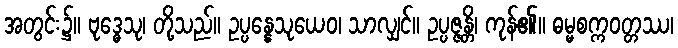
အတွင်း၌။ ဗုဒ္ဓေသု၊ တို့သည်။ ဥပ္ပန္နေသုယေဝ၊ သာလျှင်။ ဥပ္ပဇ္ဇန္တိ၊ ကုန်၏။ ဓမ္မစက္ကဝတ္တဿ၊